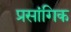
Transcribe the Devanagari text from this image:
प्रसांगिक